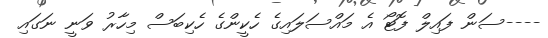
----ސަން ފައިލް ފޮޓޯ އެ މައްސަލައިގެ ހެކީންގެ ހެކިބަސް މިހާރު ވަނީ ނަގައި